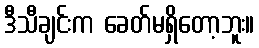
ဒီသီချင်းက ခေတ်မရှိတော့ဘူး။